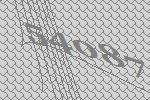
54087